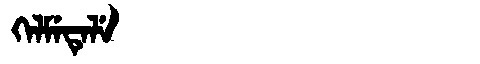
Manchu: ᡴᡝᠯᠮᡝᡨᡝᠯᡝ
Romanization: KELMETELE